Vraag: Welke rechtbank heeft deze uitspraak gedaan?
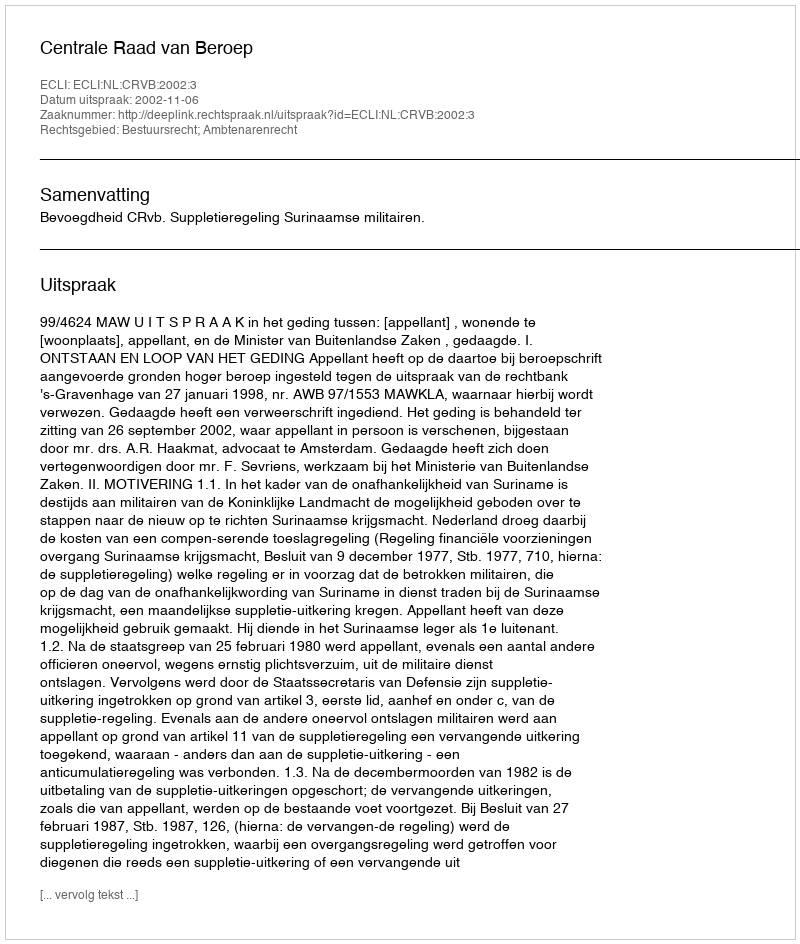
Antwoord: Centrale Raad van Beroep